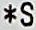
*S